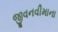
જીવનવીમાના